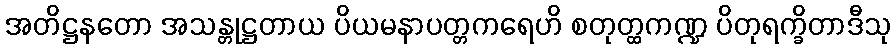
အတိဋ္ဌနတော အသန္တုဋ္ဌတာယ ပိယမနာပတ္တကရေဟိ စတုတ္ထကဏ္ဍ ပိတုရက္ခိတာဒီသု